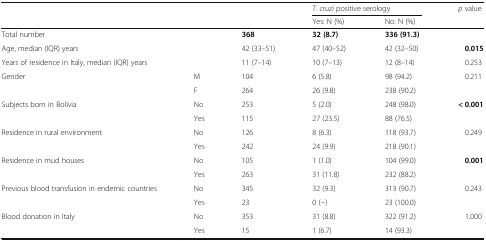
<table><thead><tr><td rowspan="2"></td><td rowspan="2"></td><td rowspan="2"></td><td colspan="2"><b><i>T. cruzi</i> positive serology</b></td><td rowspan="2"><b><i>p</i> value</b></td></tr><tr><td><b>Yes: N (%)</b></td><td><b>No: N (%)</b></td></tr></thead><tbody><tr><td>Total number</td><td></td><td><b>368</b></td><td><b>32 (8.7)</b></td><td><b>336 (91.3)</b></td><td></td></tr><tr><td>Age, median (IQR) years</td><td></td><td>42 (33–51)</td><td>47 (40–52)</td><td>42 (32–50)</td><td><b>0.015</b></td></tr><tr><td>Years of residence in Italy, median (IQR) years</td><td></td><td>11 (7–14)</td><td>10 (7–13)</td><td>12 (8–14)</td><td>0.253</td></tr><tr><td>Gender</td><td>M</td><td>104</td><td>6 (5.8)</td><td>98 (94.2)</td><td rowspan="2">0.211</td></tr><tr><td></td><td>F</td><td>264</td><td>26 (9.8)</td><td>238 (90.2)</td></tr><tr><td>Subjects born in Bolivia</td><td>No</td><td>253</td><td>5 (2.0)</td><td>248 (98.0)</td><td rowspan="2"><b>&lt; 0.001</b></td></tr><tr><td></td><td>Yes</td><td>115</td><td>27 (23.5)</td><td>88 (76.5)</td></tr><tr><td>Residence in rural environment</td><td>No</td><td>126</td><td>8 (6.3)</td><td>118 (93.7)</td><td rowspan="2">0.249</td></tr><tr><td></td><td>Yes</td><td>242</td><td>24 (9.9)</td><td>218 (90.1)</td></tr><tr><td>Residence in mud houses</td><td>No</td><td>105</td><td>1 (1.0)</td><td>104 (99.0)</td><td rowspan="2"><b>0.001</b></td></tr><tr><td></td><td>Yes</td><td>263</td><td>31 (11.8)</td><td>232 (88.2)</td></tr><tr><td>Previous blood transfusion in endemic countries</td><td>No</td><td>345</td><td>32 (9.3)</td><td>313 (90.7)</td><td rowspan="2">0.243</td></tr><tr><td></td><td>Yes</td><td>23</td><td>0 (−)</td><td>23 (100.0)</td></tr><tr><td>Blood donation in Italy</td><td>No</td><td>353</td><td>31 (8.8)</td><td>322 (91.2)</td><td rowspan="2">1.000</td></tr><tr><td></td><td>Yes</td><td>15</td><td>1 (6.7)</td><td>14 (93.3)</td></tr></tbody></table>